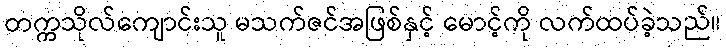
တက္ကသိုလ်ကျောင်းသူ မသက်ဇင်အဖြစ်နှင့် မောင့်ကို လက်ထပ်ခဲ့သည်။